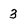
Character: 3